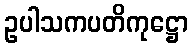
ဥပါသကပတိကုဋ္ဌော